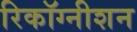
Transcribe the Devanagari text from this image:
रिकॉग्नीशन